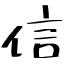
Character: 信